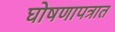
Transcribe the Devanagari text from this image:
घोषणापत्रात